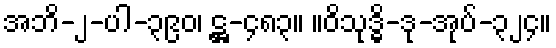
အဘိ-၂-ပါ-၃၉၀၊ ဋ္ဌ-၄၈၃။ ။ဝိသုဒ္ဓိ-ဒု-အုပ်-၃၂၄။